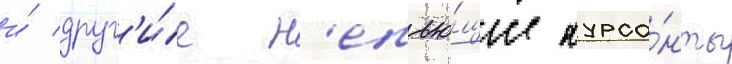
и́ друг'и́е н'епью́щие курса́нты